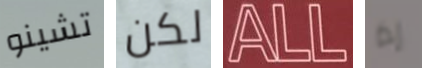
تشينو لكن ALL إذا